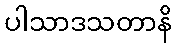
ပါသာဒသတာနိ